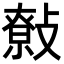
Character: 𢿞